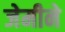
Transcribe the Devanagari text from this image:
जेमीने